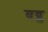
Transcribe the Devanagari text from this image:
बब्ल